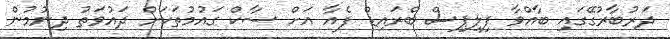
ދަރުބާރުގޭގައި ބާއްވާ ފިލިޕިސް ބްރައިޑް ފެއާ އަށް ސާކް ގައުމުތަކަށް ދައުވަތު ދިނުމުން